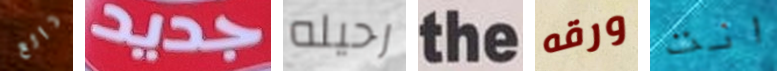
رائع جديد رحيله the ورقه انت